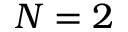
N = 2